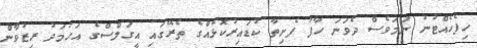
ހިފެހެއްޓުނު ނަމަވެސް ދެވަނަ ހާފު ފެށިތާ ކުޑައިރުކޮޅެއްގެ ތެރޭގައި އީގަލްސްގެ އަހުމަދު ރިޒުވާން